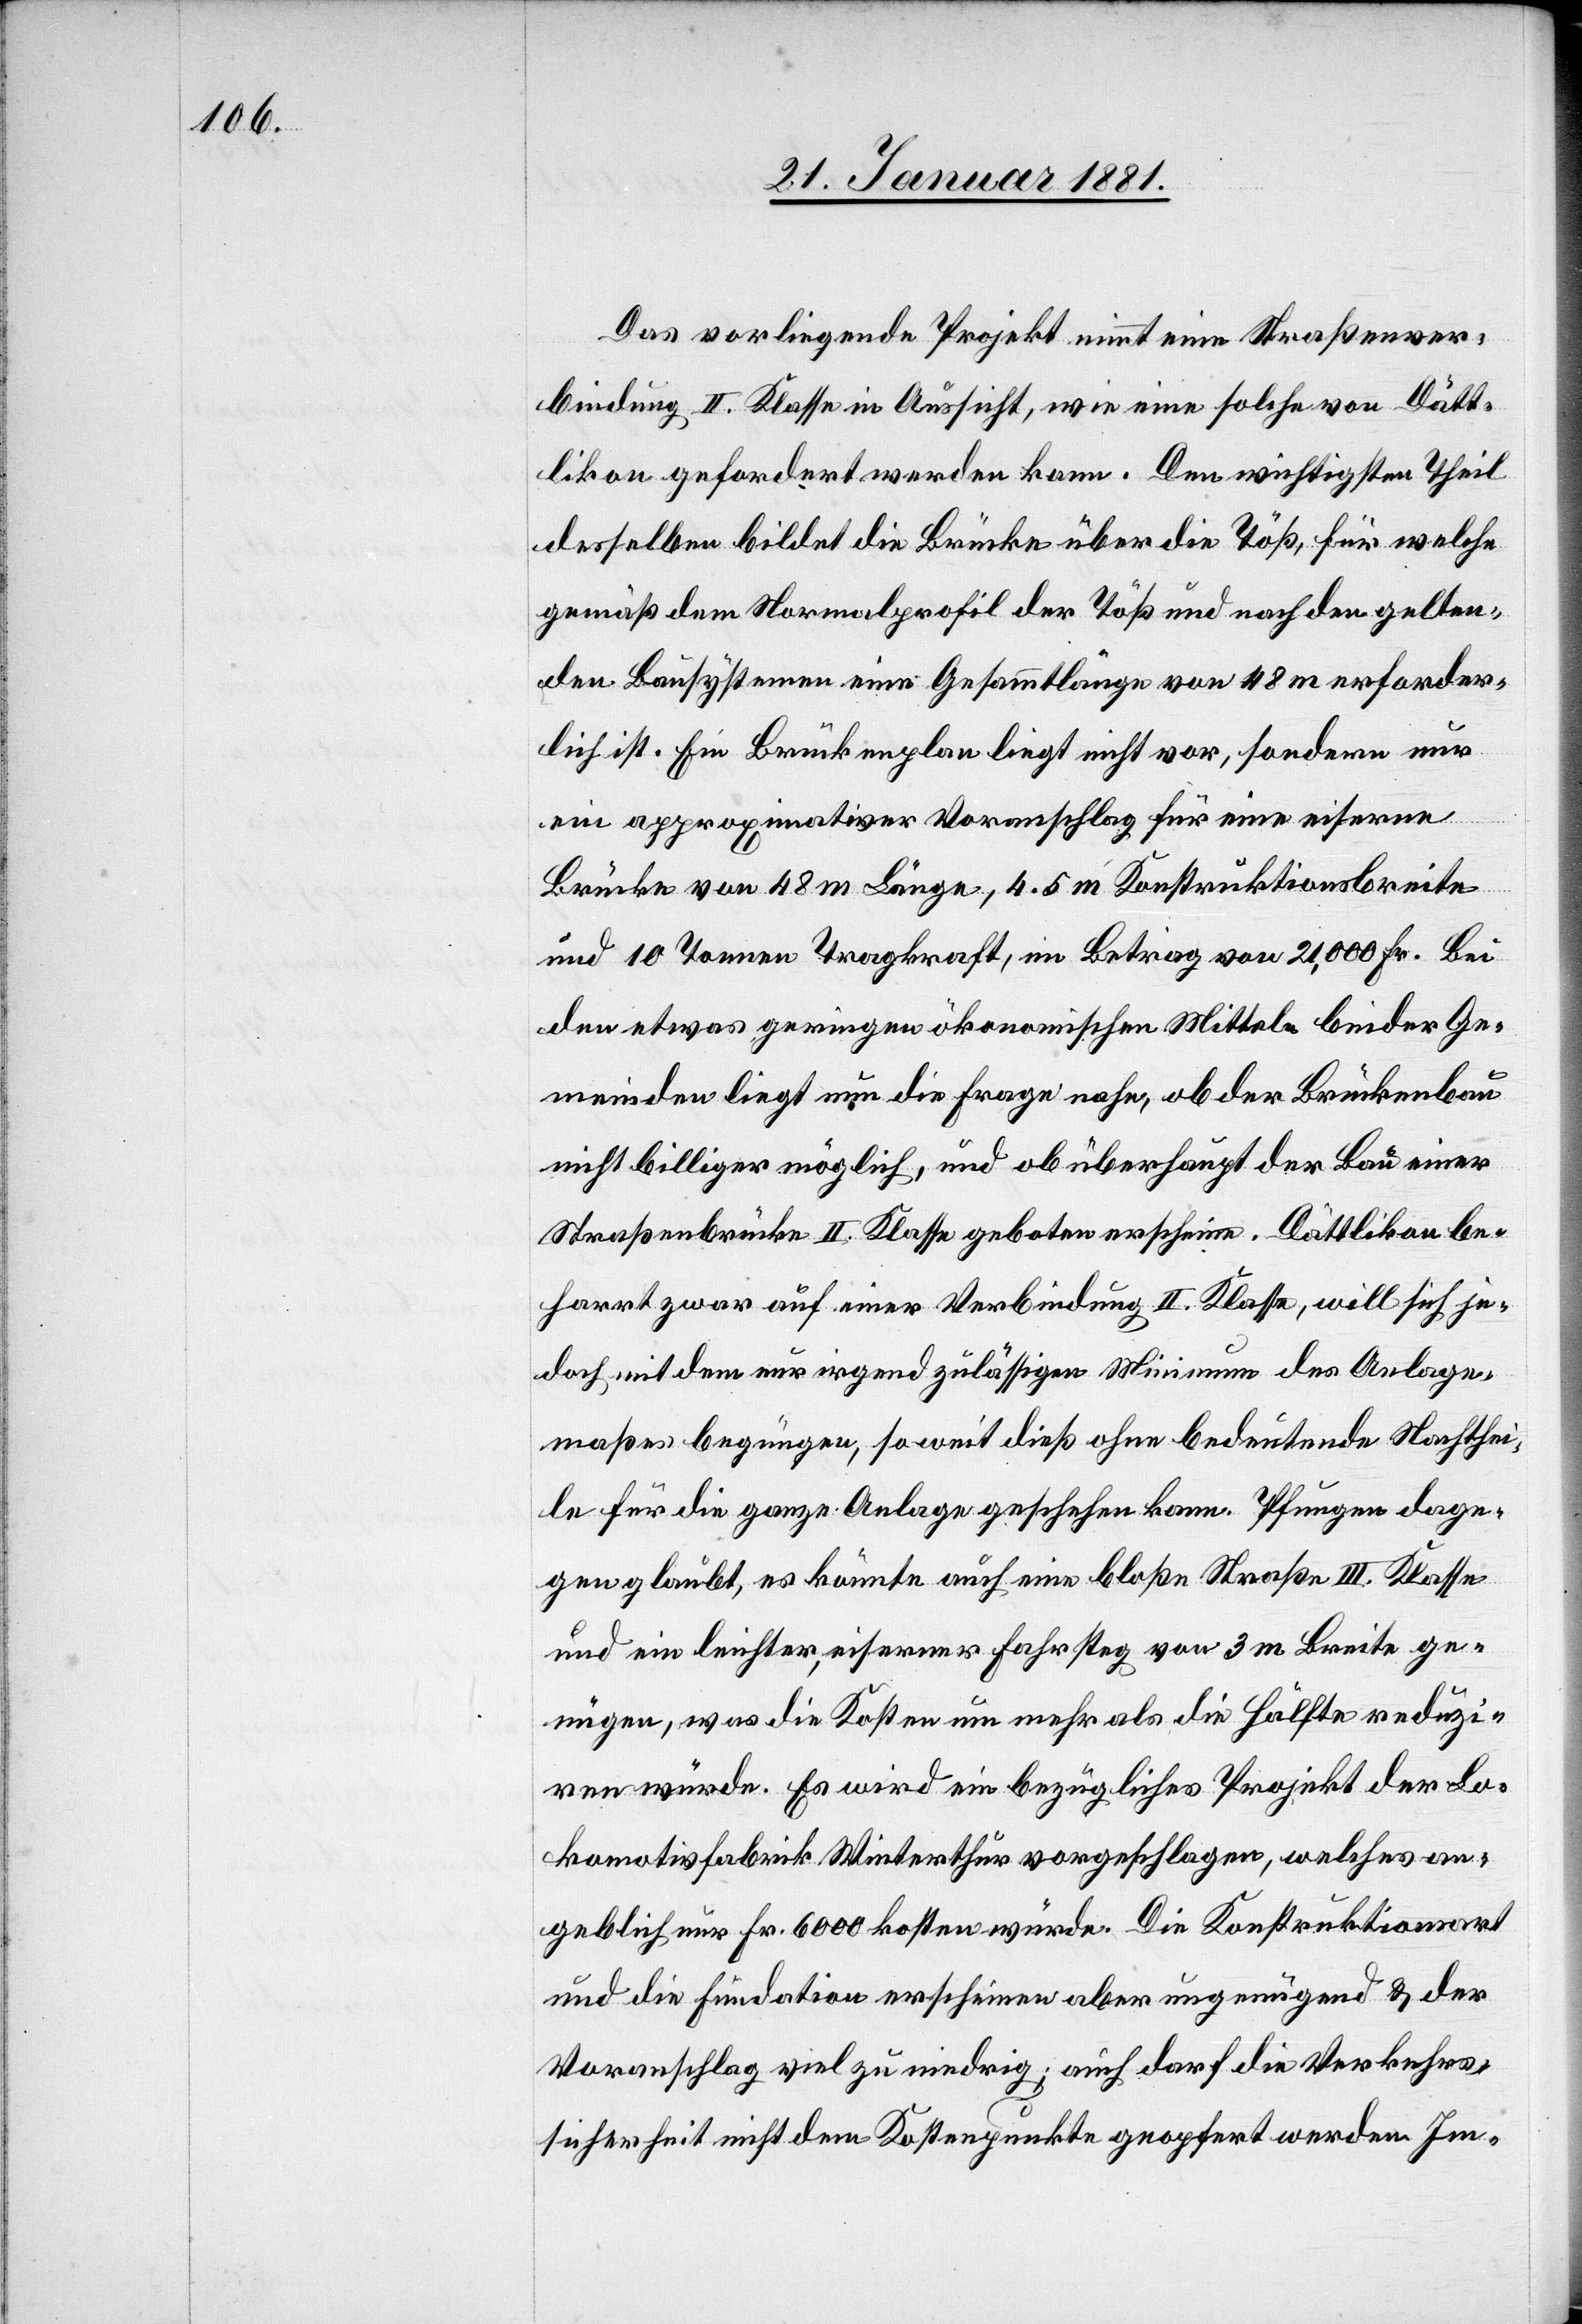
Das vorliegende Projekt nimmt eine Straßenver¬
bindung III. Klasse in Aussicht, wie eine solche von Dätt¬
likon gefordert werden kann. Den wichtigsten Theil
desselben bildet die Brücke über die Töß, für welche
gemäß dem Normalprofil der Töß und nach den gelten¬
den Bausystemen eine Gesammtlänge von 48 m erforder¬
lich ist. Ein Brückenplan liegt nicht vor, sondern nur
ein approximativer Voranschlag für eine eiserne
Brücke von 48 m Länge, 4.5 m Konstruktionsbreite
und 10 Tonnen Tragkraft, im Betrage von 21,000 Fr. Bei
den etwas geringen ökonomischen Mitteln beider Ge¬
meinden liegt nun die Frage nahe, ob der Brückenbau
nicht billiger möglich, und ob überhaupt der Bau einer
Straßenbrücke II. Klasse geboten erscheine. Dättlikon be¬
harrt zwar auf einer Verbindung II. Klasse, will sich je¬
doch mit dem nur irgend zulässigen Minimum des Anlage¬
maßes begnügen, soweit dieß ohne bedeutende Nachthei¬
le für die ganze Anlage geschehen kann. Pfungen dage¬
gen glaubt, es könnte auch eine bloße Straße III. Klasse
und ein leichter, eiserner Fahrsteg von 3 m Breite ge¬
nügen, was die Kosten um mehr als die Hälfte reduzi¬
ren würde. Es wird ein bezügliches Projekt der Lo¬
komotivfabrik Winterthur vorgeschlagen, welches an¬
geblich nur Fr. 6000 kosten würde. Die Konstruktionsart
und die Fundation erscheinen aber ungenügend & der
Voranschlag viel zu niedrig; auch darf die Verkehrs¬
sicherheit nicht dem Kostenpunkte geopfert werden. Im-